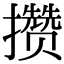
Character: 攒